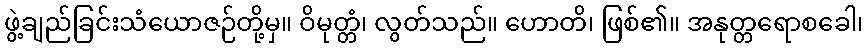
ဖွဲ့ချည်ခြင်းသံယောဇဉ်တို့မှ။ ဝိမုတ္တံ၊ လွတ်သည်။ ဟောတိ၊ ဖြစ်၏။ အနုတ္တရောစခေါ၊